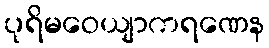
ပုရိမဝေယျာကရဏေန